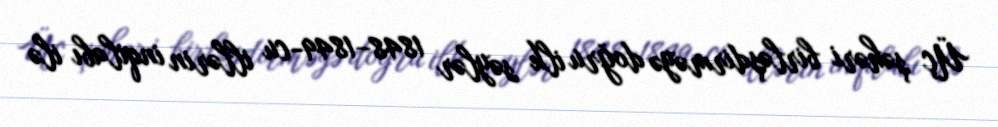
Üç şəhəri birləşdirməyə doğru ilk səylər 1848–1849-cu illərin inqilabı ilə